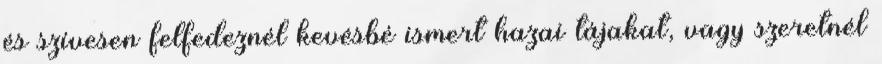
és szívesen felfedeznél kevésbé ismert hazai tájakat, vagy szeretnél